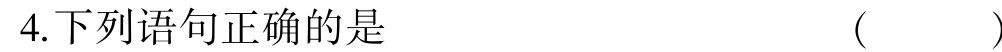
4.下列语句正确的是  ( )